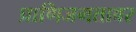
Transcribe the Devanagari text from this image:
प्राणिजगतावर